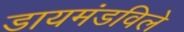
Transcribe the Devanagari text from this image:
डायमंडविले